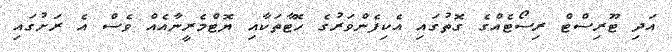
އަދި ޓޫރިސްޓް ރިސޯޓެއްގެ ގޮތުގައި އެކިފެންވަރުގެ ހޮޓާތަކާއި ޔޮޓްމެރީނާއެއް ވެސް އެ ރަށުގައިި